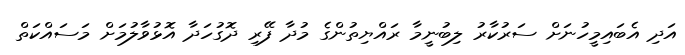
އަދި އެބައިމީހުނަށް ސަރުކާރު ލިބުނީމާ ރައްޔިތުންގެ މުދާ ފޭރި ދޮގުހަދާ އޮޅުވާލުމަށް މަސައްކަތް